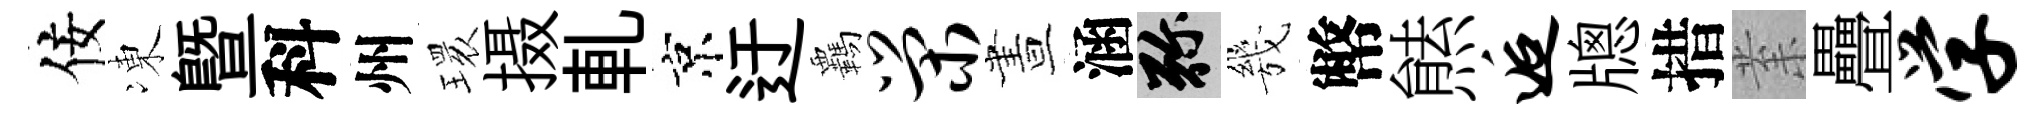
佞凍暨科州𤨔摄軋京迂覊荣晝涵弥㡬幣㷱逅牕措𭪙疊学